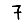
Digit: 7